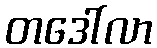
တဒေါ်လာ